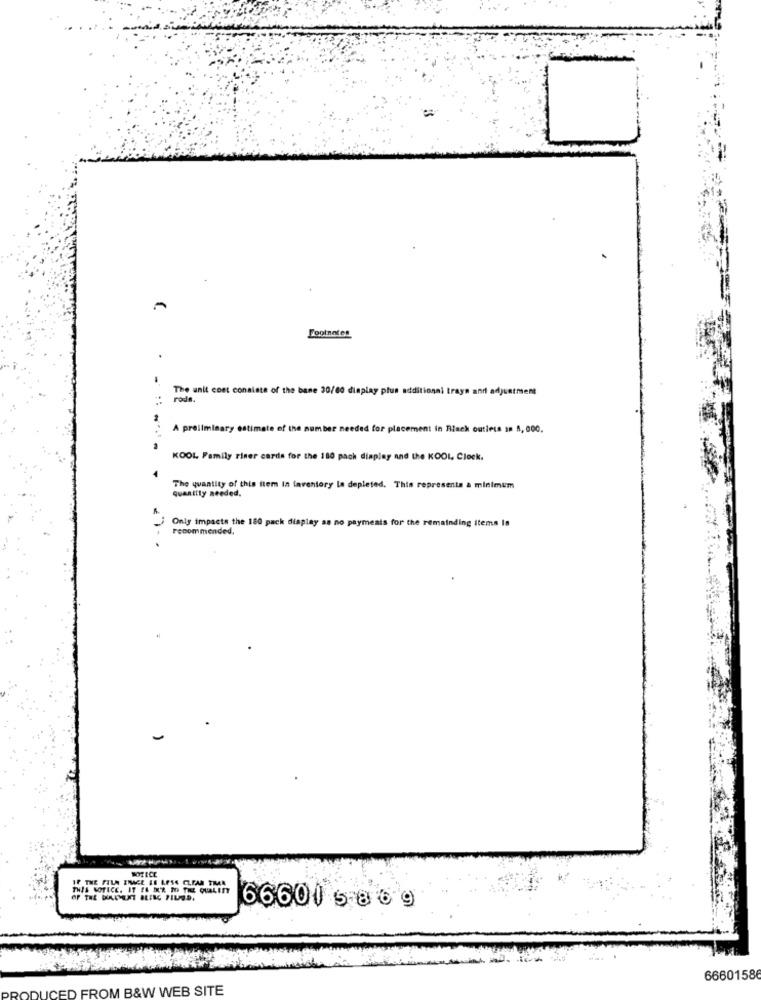
Footnotes
The unit cost consiste of the bane 30/00 display plus additional trays and adjustment
rods.
A preliminary estimate of the number needed for placement in Black outinss an 8, 000.
KOOL Family riser carda for the 180 pach display and the KOOL Clock.
The quantity of this item in faveniory la depleted. This represents a minimum
quantity needed.
Only impacts the 180 pack display as no payments for the remainding items lo
recommended.
NOTICE
IF THE FILM ENAGE IS LES4 CLEAR TRAR
THIS NOTICE. IT FA DER TO THE QUALITY
66601 5869
6660158
JUICED FROM B&W WEB SITE